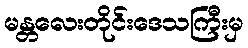
မန္တလေးတိုင်းဒေသကြီးမှ